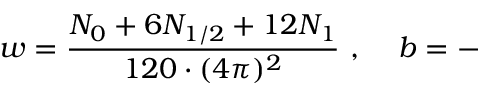
w = \frac { N _ { 0 } + 6 N _ { 1 / 2 } + 1 2 N _ { 1 } } { 1 2 0 \cdot ( 4 \pi ) ^ { 2 } } \, \, , \, \, \, \, \, \, \, b = - \,